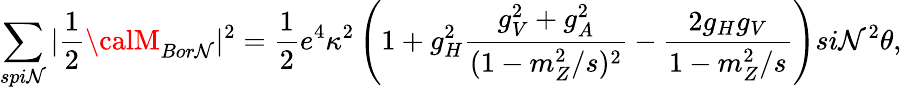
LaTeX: \sum_{spi\mathcal{N}}|\frac{{1}}{{2}}{\calM}_{Bor\mathcal{N}}|^{2}=\frac{{1}}{{2}}e^{4}\kappa^{2}\left(1+g_{H}^{2}\frac{{g_{V}^{2}+g_{A}^{2}}}{{(1-m_{Z}^{2}/s)^{2}}}-\frac{{2g_{H}g_{V}}}{{1-m_{Z}^{2}/s}}\right)si\mathcal{N}^{2}\theta,